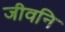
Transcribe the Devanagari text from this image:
जीवनि